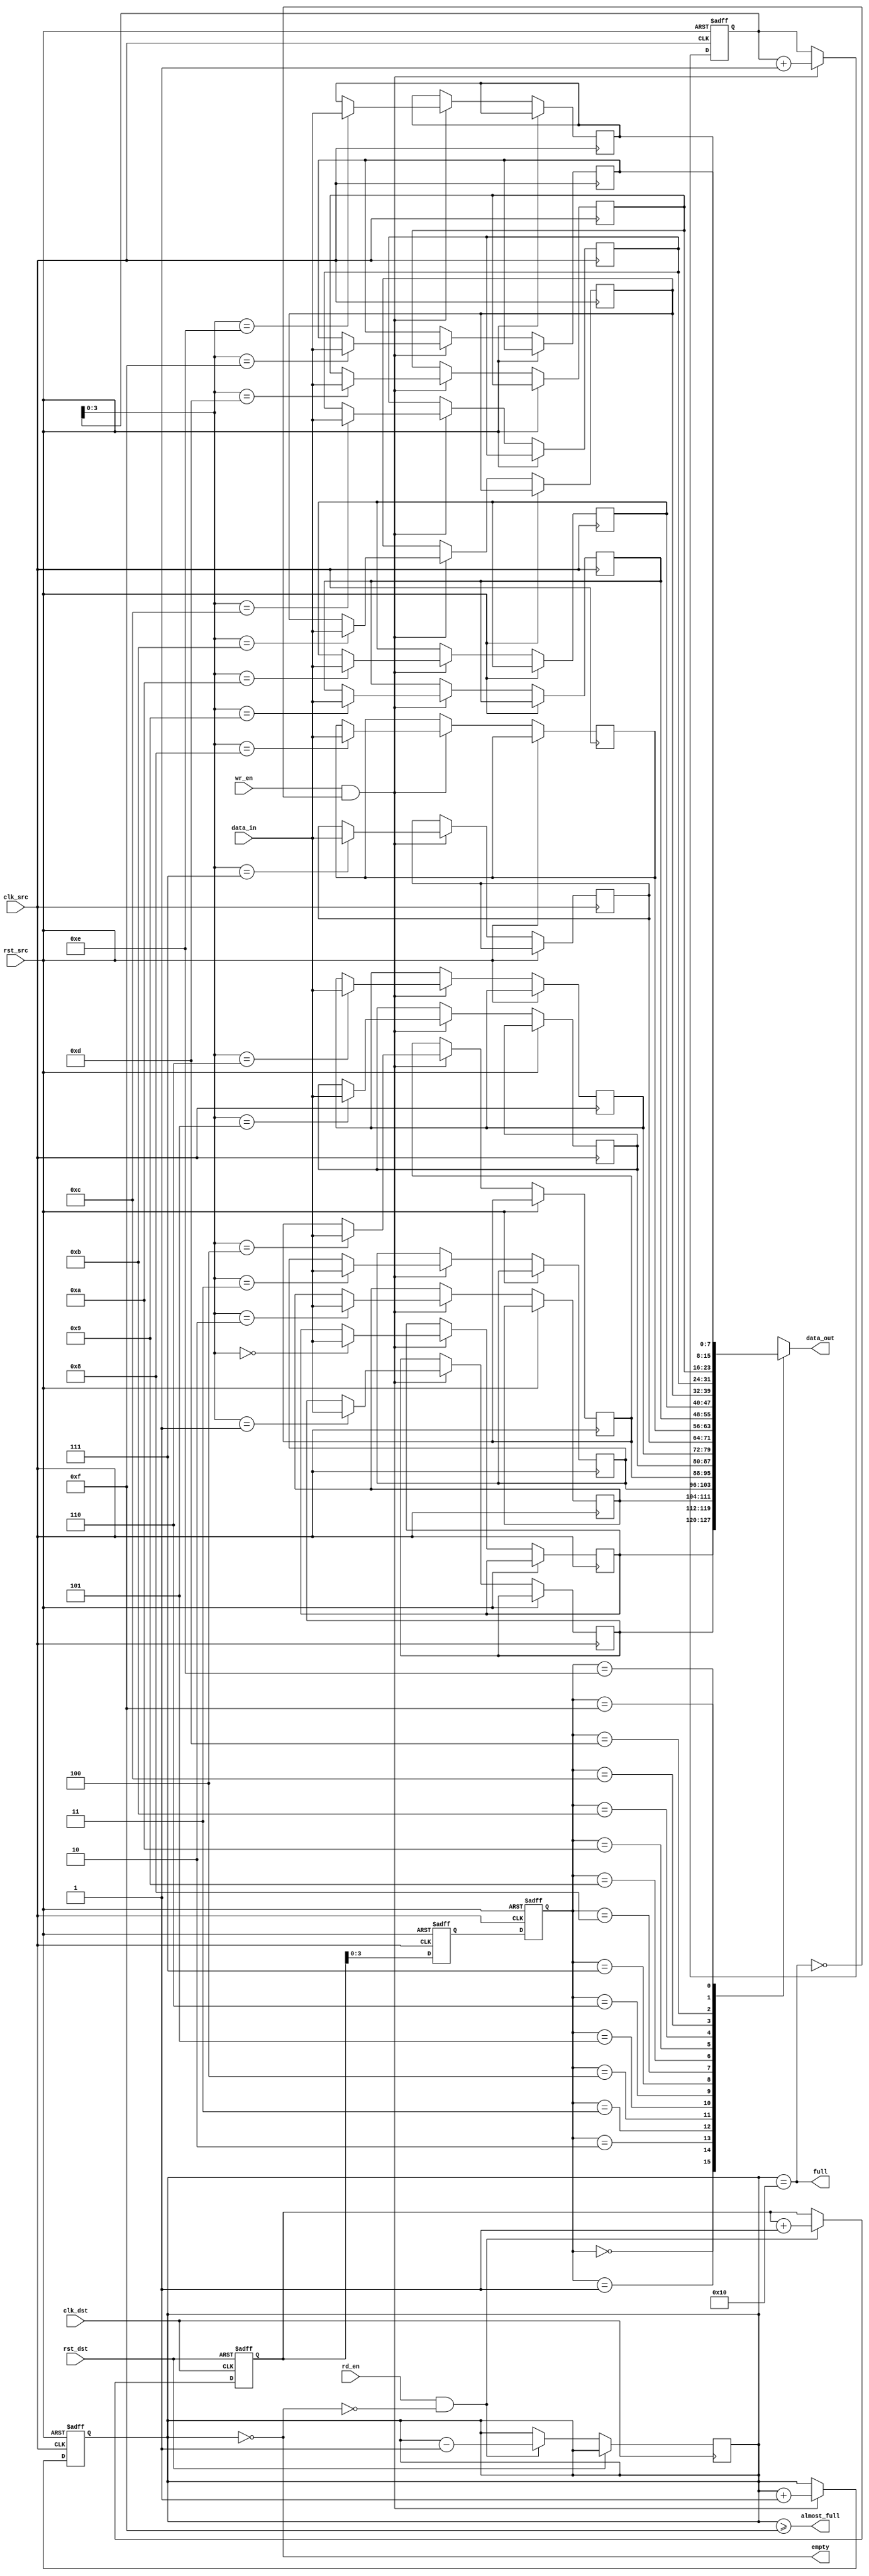
module fifo_synchronizer #(
    parameter DATA_WIDTH = 8,
    parameter FIFO_DEPTH = 16
)(
    input wire clk_src,             // Source clock
    input wire clk_dst,             // Destination clock
    input wire rst_src,             // Asynchronous reset for source domain
    input wire rst_dst,             // Asynchronous reset for destination domain
    input wire [DATA_WIDTH-1:0] data_in, // Data input
    input wire wr_en,               // Write enable
    input wire rd_en,               // Read enable
    output wire [DATA_WIDTH-1:0] data_out, // Data output
    output wire empty,              // FIFO empty flag
    output wire full,               // FIFO full flag
    output wire almost_full         // FIFO almost full flag
);

// FIFO buffer
reg [DATA_WIDTH-1:0] fifo_mem [0:FIFO_DEPTH-1];
reg [4:0] wr_ptr; // Write pointer
reg [4:0] rd_ptr; // Read pointer
reg [4:0] fifo_count; // Number of items in FIFO

// Write Logic (Source Clock Domain)
always @(posedge clk_src or posedge rst_src) begin
    if (rst_src) begin
        wr_ptr <= 0;
        fifo_count <= 0;
    end else if (wr_en && !full) begin
        fifo_mem[wr_ptr] <= data_in;
        wr_ptr <= wr_ptr + 1;
        fifo_count <= fifo_count + 1;
    end
end

// Read Logic (Destination Clock Domain)
reg [4:0] rd_ptr_sync1, rd_ptr_sync2; // Synchronization registers for read pointer
reg [4:0] wr_ptr_sync1, wr_ptr_sync2; // Synchronization registers for write pointer

always @(posedge clk_dst or posedge rst_dst) begin
    if (rst_dst) begin
        rd_ptr <= 0;
    end else if (rd_en && !empty) begin
        rd_ptr <= rd_ptr + 1;
        fifo_count <= fifo_count - 1;
    end
end

// Synchronization Mechanism for Read Pointer
always @(posedge clk_src or posedge rst_src) begin
    if (rst_src) begin
        rd_ptr_sync1 <= 0;
        rd_ptr_sync2 <= 0;
    end else begin
        rd_ptr_sync1 <= rd_ptr;
        rd_ptr_sync2 <= rd_ptr_sync1;
    end
end

// Synchronization Mechanism for Write Pointer
always @(posedge clk_dst or posedge rst_dst) begin
    if (rst_dst) begin
        wr_ptr_sync1 <= 0;
        wr_ptr_sync2 <= 0;
    end else begin
        wr_ptr_sync1 <= wr_ptr;
        wr_ptr_sync2 <= wr_ptr_sync1;
    end
end

// Output Data
assign data_out = fifo_mem[rd_ptr_sync2];

// Status Flags
assign empty = (fifo_count == 0);
assign full = (fifo_count == FIFO_DEPTH);
assign almost_full = (fifo_count >= FIFO_DEPTH - 1);

endmodule